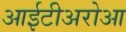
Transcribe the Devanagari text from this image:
आईटीअरोआ